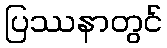
ပြဿနာတွင်